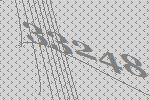
33248